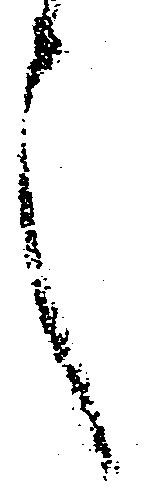
言